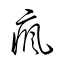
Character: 瘋